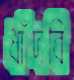
ধাঁদবি